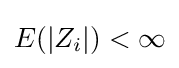
E(|Z_{i}|)<\infty